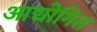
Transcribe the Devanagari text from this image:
आद्योगित